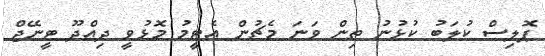
ޕޮލިސް ކުލަބު ކުޅުނު ތިން ވަނަ މެޗުން އެޓީމު މޮޅުވީ ދިއްދޫ ޓީނޭޖް